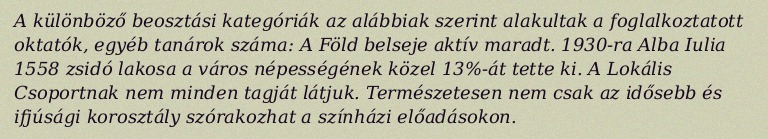
A különböző beosztási kategóriák az alábbiak szerint alakultak a foglalkoztatott oktatók, egyéb tanárok száma: A Föld belseje aktív maradt. 1930-ra Alba Iulia 1558 zsidó lakosa a város népességének közel 13%-át tette ki. A Lokális Csoportnak nem minden tagját látjuk. Természetesen nem csak az idősebb és ifjúsági korosztály szórakozhat a színházi előadásokon.